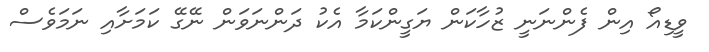
ވީޑިއޯ އިން ފެންނަނީ ޒުހާކަން ޔަގީންކަމާ އެކު ދަންނަވަން ނޭގޭ ކަމަށާއި ނަމަވެސް